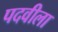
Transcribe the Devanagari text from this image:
पदवीला